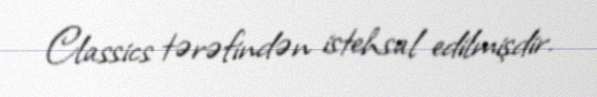
Classics tərəfindən istehsal edilmişdir.